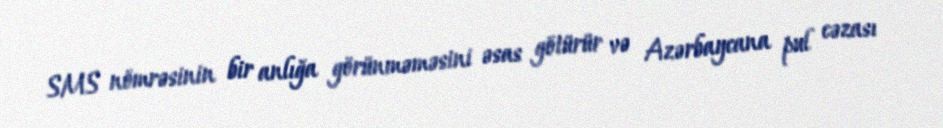
SMS nömrəsinin bir anlığa görünməməsini əsas götürür və Azərbaycana pul cəzası